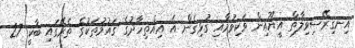
އިނގިރޭސިވިލާތް އީޔޫއިން ވަކިވުމާއި ގުޅިގެން އެ އިއްތިހާދުގެ ޤައުމުތަކުގެ ތެރޭގައި ބާކީ 27